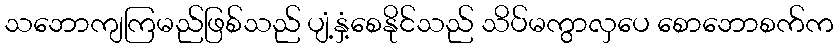
သဘောကျကြမည်ဖြစ်သည် ပျံ့နှံ့စေနိုင်သည် သိပ်မကွာလှပေ စောဘောစက်က